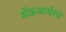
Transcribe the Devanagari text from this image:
मॅकआर्थरचे